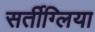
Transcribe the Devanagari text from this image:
सर्तीग्लिया